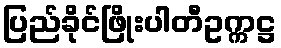
ပြည်ခိုင်ဖြိုးပါတီဥက္ကဋ္ဌ